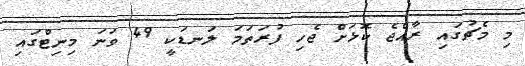
މި މެޗުގައި ރާއްޖެ ކޮޅަށް ޖެހި ފުރަތަމަ ލަނޑަކީ 49 ވަނަ މިނިޓްގައި